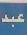
عبد